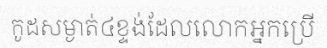
កូដសម្ងាត់៤ខ្ទង់ដែលលោកអ្នកប្រើ